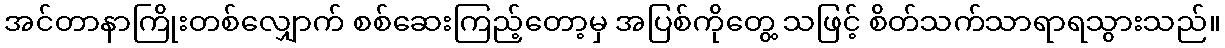
အင်တာနာကြိုးတစ်လျှောက် စစ်ဆေးကြည့်တော့မှ အပြစ်ကိုတွေ့ သဖြင့် စိတ်သက်သာရာရသွားသည်။